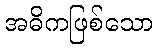
အဓိကဖြစ်သော